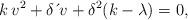
LaTeX: \begin{align*}k\,v^{2}+\delta \,\acute{}\,v+\delta^{2}(k-\lambda)=0,\end{align*}